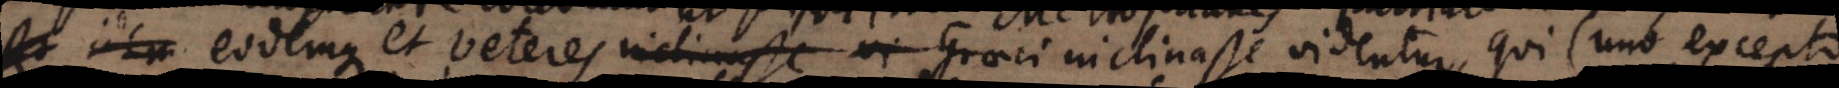
, eodemque et veteres inclinasse videntur, qui (uno excepto